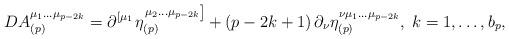
LaTeX: \begin{align*}DA_{(p)}^{\mu _1\ldots \mu _{p-2k}}=\partial ^{\left[ \mu_1\right. }\eta _{(p)}^{\left. \mu _2\ldots \mu _{p-2k}\right] }+\left(p-2k+1\right) \partial _\nu \eta _{(p)}^{\nu \mu _1\ldots \mu_{p-2k}},\;k=1,\ldots ,b_p,\end{align*}